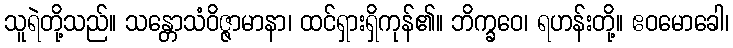
သူရဲတို့သည်။ သန္တောသံဝိဇ္ဇာမာနာ၊ ထင်ရှားရှိကုန်၏။ ဘိက္ခဝေ၊ ရဟန်းတို့။ ဧဝမောခေါ၊